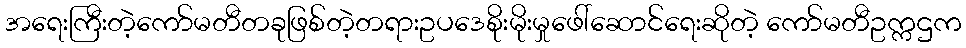
အရေးကြီးတဲ့ကော်မတီတခုဖြစ်တဲ့တရားဥပဒေစိုးမိုးမှုဖေါ်ဆောင်ရေးဆိုတဲ့ ကော်မတီဥက္ကဌက